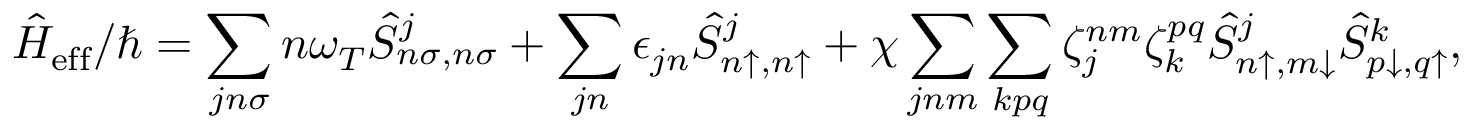
\hat { H } _ { \mathrm { e f f } } / \hbar = \sum _ { j n \sigma } n \omega _ { T } \hat { S } _ { n \sigma , n \sigma } ^ { j } + \sum _ { j n } \epsilon _ { j n } \hat { S } _ { n \uparrow , n \uparrow } ^ { j } + \chi \sum _ { j n m } \sum _ { k p q } \zeta _ { j } ^ { n m } \zeta _ { k } ^ { p q } \hat { S } _ { n \uparrow , m \downarrow } ^ { j } \hat { S } _ { p \downarrow , q \uparrow } ^ { k } ,